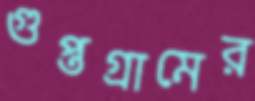
গুপ্তগ্রামের